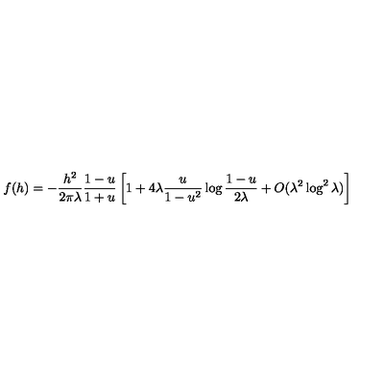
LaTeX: f ( h ) = - \frac { h ^ { 2 } } { 2 \pi \lambda } \frac { 1 - u } { 1 + u } \left[ 1 + 4 \lambda \frac { u } { 1 - u ^ { 2 } } \log \frac { 1 - u } { 2 \lambda } + O ( \lambda ^ { 2 } \log ^ { 2 } \lambda ) \right]